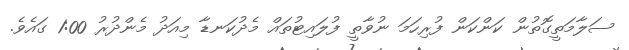
ސަލާމަތީގޮތުން ކަންކަން ފުރިހަމަ ނުވާތީ ފުލައިޓުތައް މެދުކަނޑާ މިއަދު މެންދުރު 1:00 ގައެވެ.